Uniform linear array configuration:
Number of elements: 32
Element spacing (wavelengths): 0.5
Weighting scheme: hamming
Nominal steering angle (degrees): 0
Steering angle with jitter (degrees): -0.3269
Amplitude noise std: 0.05
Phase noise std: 0.05

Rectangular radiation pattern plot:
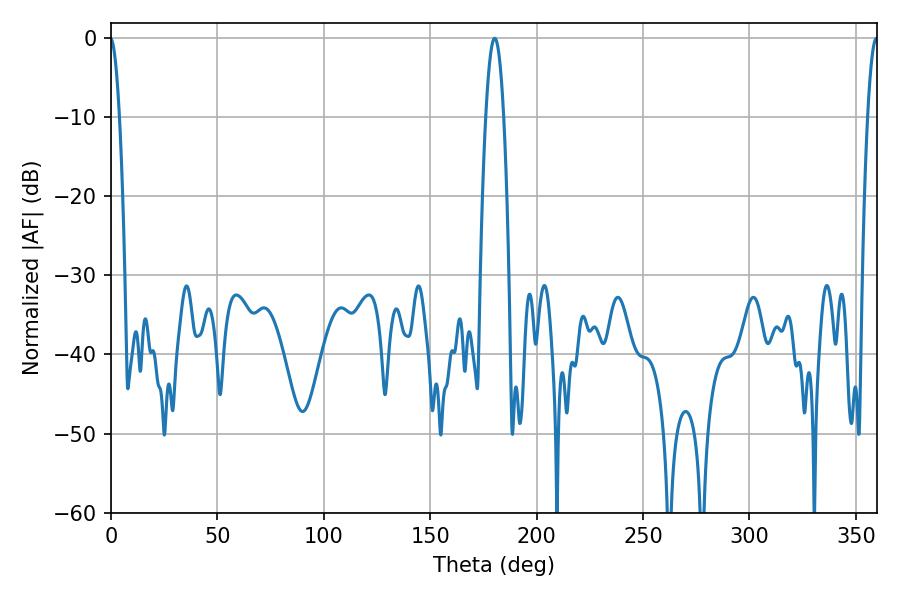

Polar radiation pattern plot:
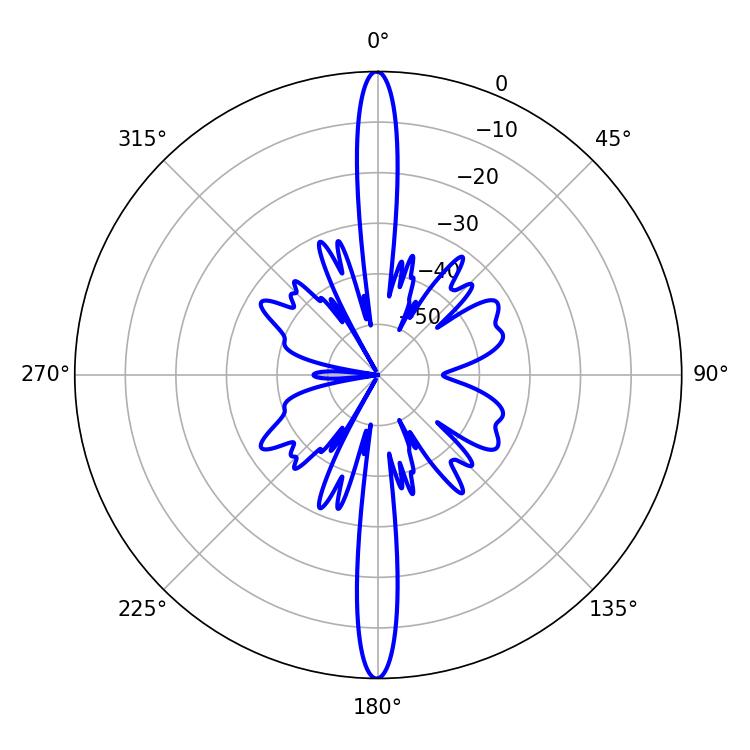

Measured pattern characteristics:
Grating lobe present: FALSE
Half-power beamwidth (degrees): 4.5
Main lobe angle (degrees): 180.36